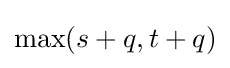
\max(s+q,t+q)